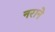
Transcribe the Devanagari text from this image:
नराने